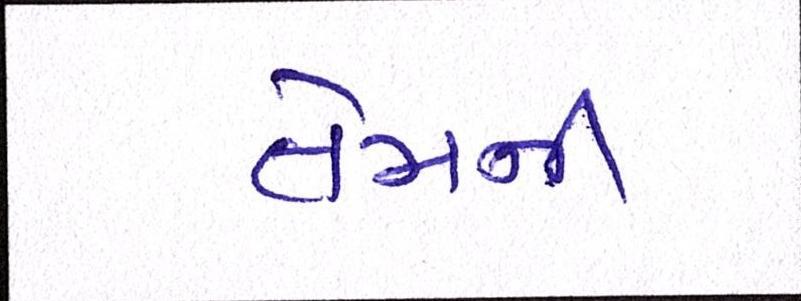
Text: તેમની